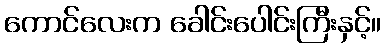
ကောင်လေးက ခေါင်းပေါင်းကြီးနှင့်။